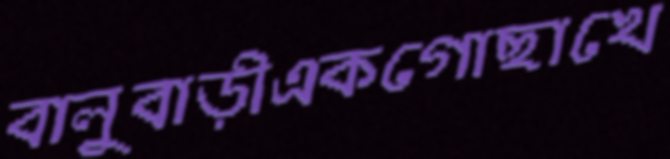
বালুবাড়ীএকগোছাখে